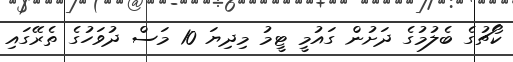
ކޯޗުގެ ބެލުމުގެ ދަށުން ގައުމީ ޓީމު މިދިޔަ 10 މަސް ދުވަހުގެ ތެރޭގައި